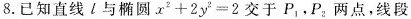
8.已知直线l与椭圆$$x ^ { 2 } + 2 y ^ { 2 } = 2$$交于P_{1}，P_{2}；两点，线段